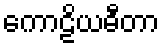
ကောဠိယဓီတာ